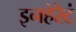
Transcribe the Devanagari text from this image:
इनहेरेटं